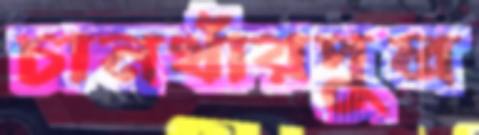
চানখাঁরপুল